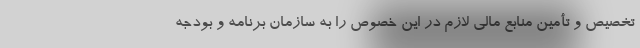
تخصیص و تأمین منابع مالی لازم در این خصوص را به سازمان برنامه و بودجه